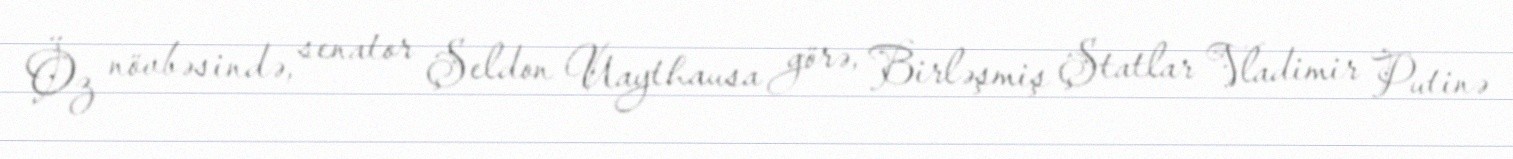
Öz növbəsində, senator Şeldon Uaythausa görə, Birləşmiş Ştatlar Vladimir Putinə